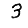
Digit: 3